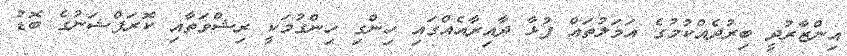
އިންޒާރުދީ ބިރުދެއްކުމުގެ އަމަލުތައް ފުޅާ ދާއިރާއެއްގައި ހިންގި ހިންގުމަކީ ރިޝްވަތާއި ކޮރަޕްޝަނުގެ ބޮޑު